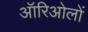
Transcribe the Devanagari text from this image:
ऑरिओलों